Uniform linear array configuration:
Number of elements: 24
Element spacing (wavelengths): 0.75
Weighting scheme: cosine
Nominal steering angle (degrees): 60
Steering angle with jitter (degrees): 61.592
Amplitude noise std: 0.05
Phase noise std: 0.05

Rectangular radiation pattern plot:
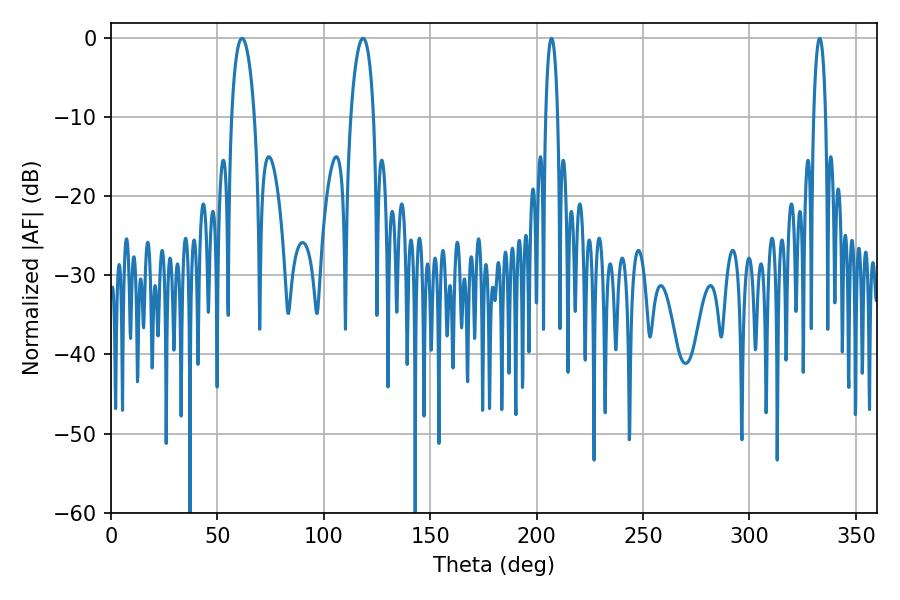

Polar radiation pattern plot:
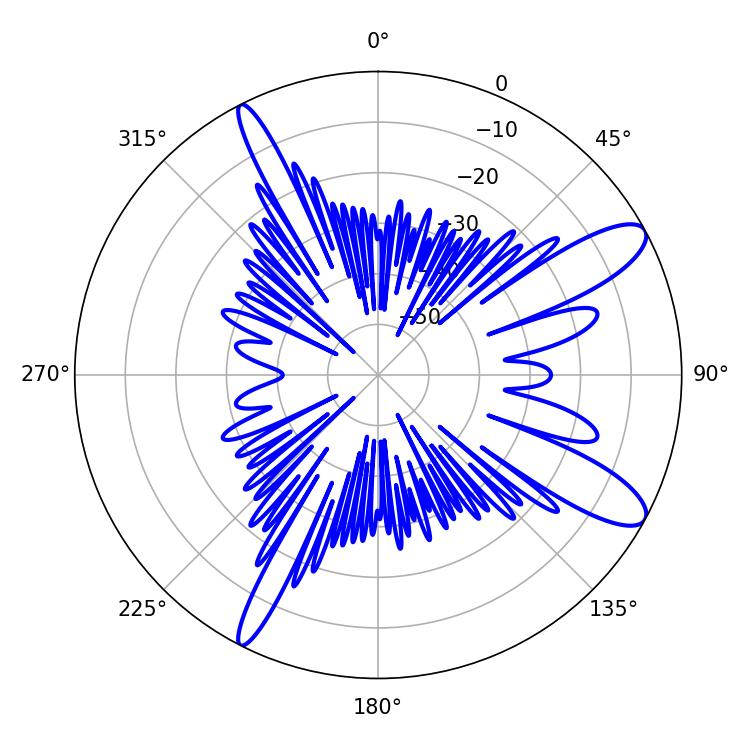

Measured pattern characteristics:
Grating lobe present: TRUE
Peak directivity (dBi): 11.237
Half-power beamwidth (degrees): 3.24
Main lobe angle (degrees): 207